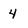
Character: 4